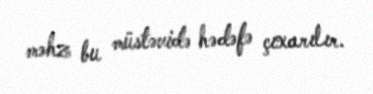
məhz bu müstəvidə hədəfə çıxarılır.